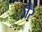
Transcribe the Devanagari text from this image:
ज़ेरे